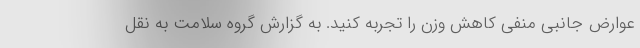
عوارض جانبی منفی کاهش وزن را تجربه کنید. به گزارش گروه سلامت به نقل